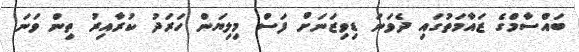
ބައްސާމްގެ ޒައާމަތުގައި ދެވަނަ ޑިވިޒަނަށް ފަސް މިލިޔަން ހަރަދު ކުރާއިރު ތިން ވަނަ